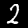
Digit: 2